Civil Veterinary Dept. Bombay admin report 1893-99 - 1893-1899
Year: 1893
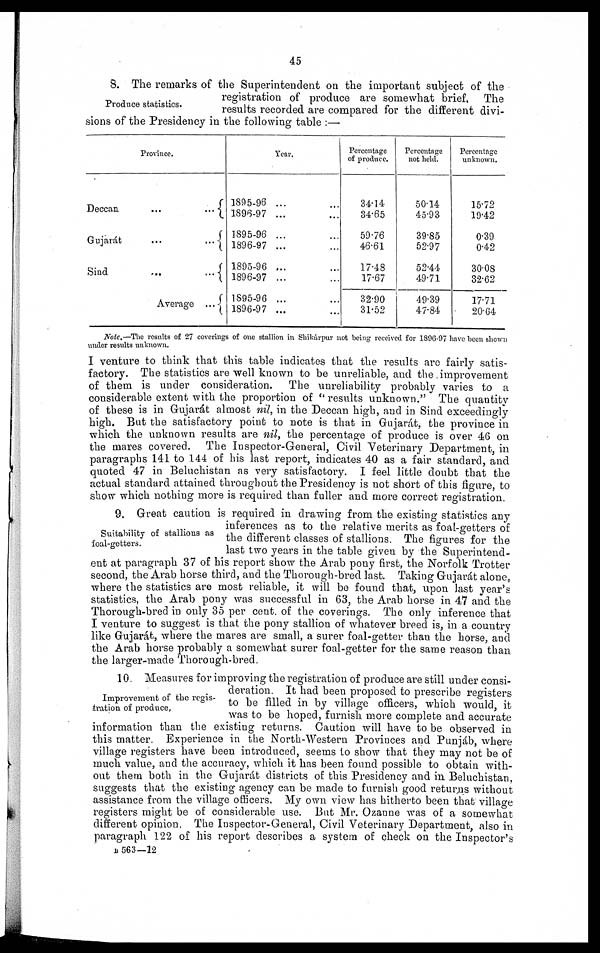
45
Produce statistics.
8. The remarks of the Superintendent on the important subject of the
registration of produce are somewhat brief. The
results recorded are compared for the different divi-
sions of the Presidency in the following table:—
Province.
Deccan...
...
Gujarát ... ...
Sind ... ...
Average...
Year.
1895-96 ... ...
1896-97 ... ...
1895-96 ... ...
1896-97 ... ...
1895-96 ... ...
1896-97 ... ...
1895-96 ... ...
1896-97 ... ...
Percentage
of produce.
34.14
34.65
59.76
46.61
17.48
17.67
32.90
31.52
Percentage
not held.
50.14
45.93
39.85
52.97
52.44
49.71
49.39
47.84
Percentage
unknown.
15.72
19.42
0.39
0.42
30.08
32.62
17.71
20.64
Note.—The results of 27 coverings of one stallion in Shikárpur not being received for 1896-97 have been shown
under results unknown.
I venture to think that this table indicates that the results are fairly satis-
factory. The statistics are well known to be unreliable, and the improvement
of them is under consideration.
The unreliability probably varies to a
considerable extent with the proportion of "results unknown." The quantity
of these is in Gujarát almost nil, in the Deccan high, and in Sind exceedingly
high. But the satisfactory point to note is that in Gujarát, the province in
which the unknown results are nil, the percentage of produce is over 46 on
the mares covered. The Inspector-General, Civil Veterinary Department, in
paragraphs 141 to 144 of his last report, indicates 40 as a fair standard, and
quoted 47 in Beluchistan as very satisfactory. I feel little doubt that the
actual standard attained throughout the Presidency is not short of this figure, to
show which nothing more is required than fuller and. more correct registration.
Suitability of stallions as
foal-getters.
9. Great caution is required in drawing from the existing statistics any
inferences as to the relative merits as foal-getters of
the different classes of stallions. The figures for the
last two years in the table given by the Superintend-
ent at paragraph 37 of his report show the Arab pony first, the Norfolk Trotter
second, the Arab horse third, and the Thorough-bred last. Taking Gujarát alone,
where the statistics are most reliable, it will be found that, upon last year's
statistics, the Arab pony was successful in 63, the Arab horse in 47 and the
Thorough-bred in only 35 per cent. of the coverings. The only inference that
I venture to suggest is that the pony stallion of whatever breed is, in a country
like Gujarát, where the mares are small, a surer foal-getter than the horse, and
the Arab horse probably a somewhat surer foal-getter for the same reason than
the larger-made Thorough-bred.
Improvement of the regis-
tration of produce.
10 Measures for improving the registration of produce are still under consi-
deration. It had been proposed to prescribe registers
to be filled in by village officers, which would, it
was to be hoped, furnish more complete and accurate
information than the existing returns. Caution will have to be observed in
this matter. Experience in the North-Western Provinces and Punjáb, where
village registers have been introduced, seems to show that they may not be of
much value, and the accuracy, which it has been found possible to obtain with-
out them both in the Gujarát districts of this Presidency and in Beluchistan,
suggests that the existing agency can be made to furnish good returns without
assistance from the village officers. My own view has hitherto been that village
registers might be of considerable use. But Mr. Ozanne was of a somewhat
different opinion. The Inspector-General, Civil Veterinary Department, also in
paragraph 122 of his report describes a system of check on the Inspector's
B 563—12